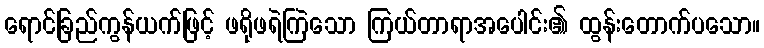
ရောင်ခြည်ကွန်ယက်ဖြင့် ဖရိုဖရဲကြဲသော ကြယ်တာရာအပေါင်း၏ ထွန်းတောက်ပသော။